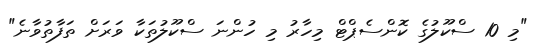
"މި 10 ސްކޫލުގެ ކޮންސެޕްޓް މިހާރު މި ހުންނަ ސްކޫލުތަކާ ވަރަށް ތަފާތުވާނެ"